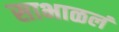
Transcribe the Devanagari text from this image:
साभाळलं